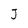
Character: J